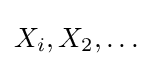
X_{i},X_{2},\dots